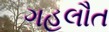
ગહલૌત